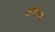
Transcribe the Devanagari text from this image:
मांगाराम